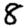
Digit: 8